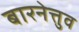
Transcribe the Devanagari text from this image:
बारनेत्तुव